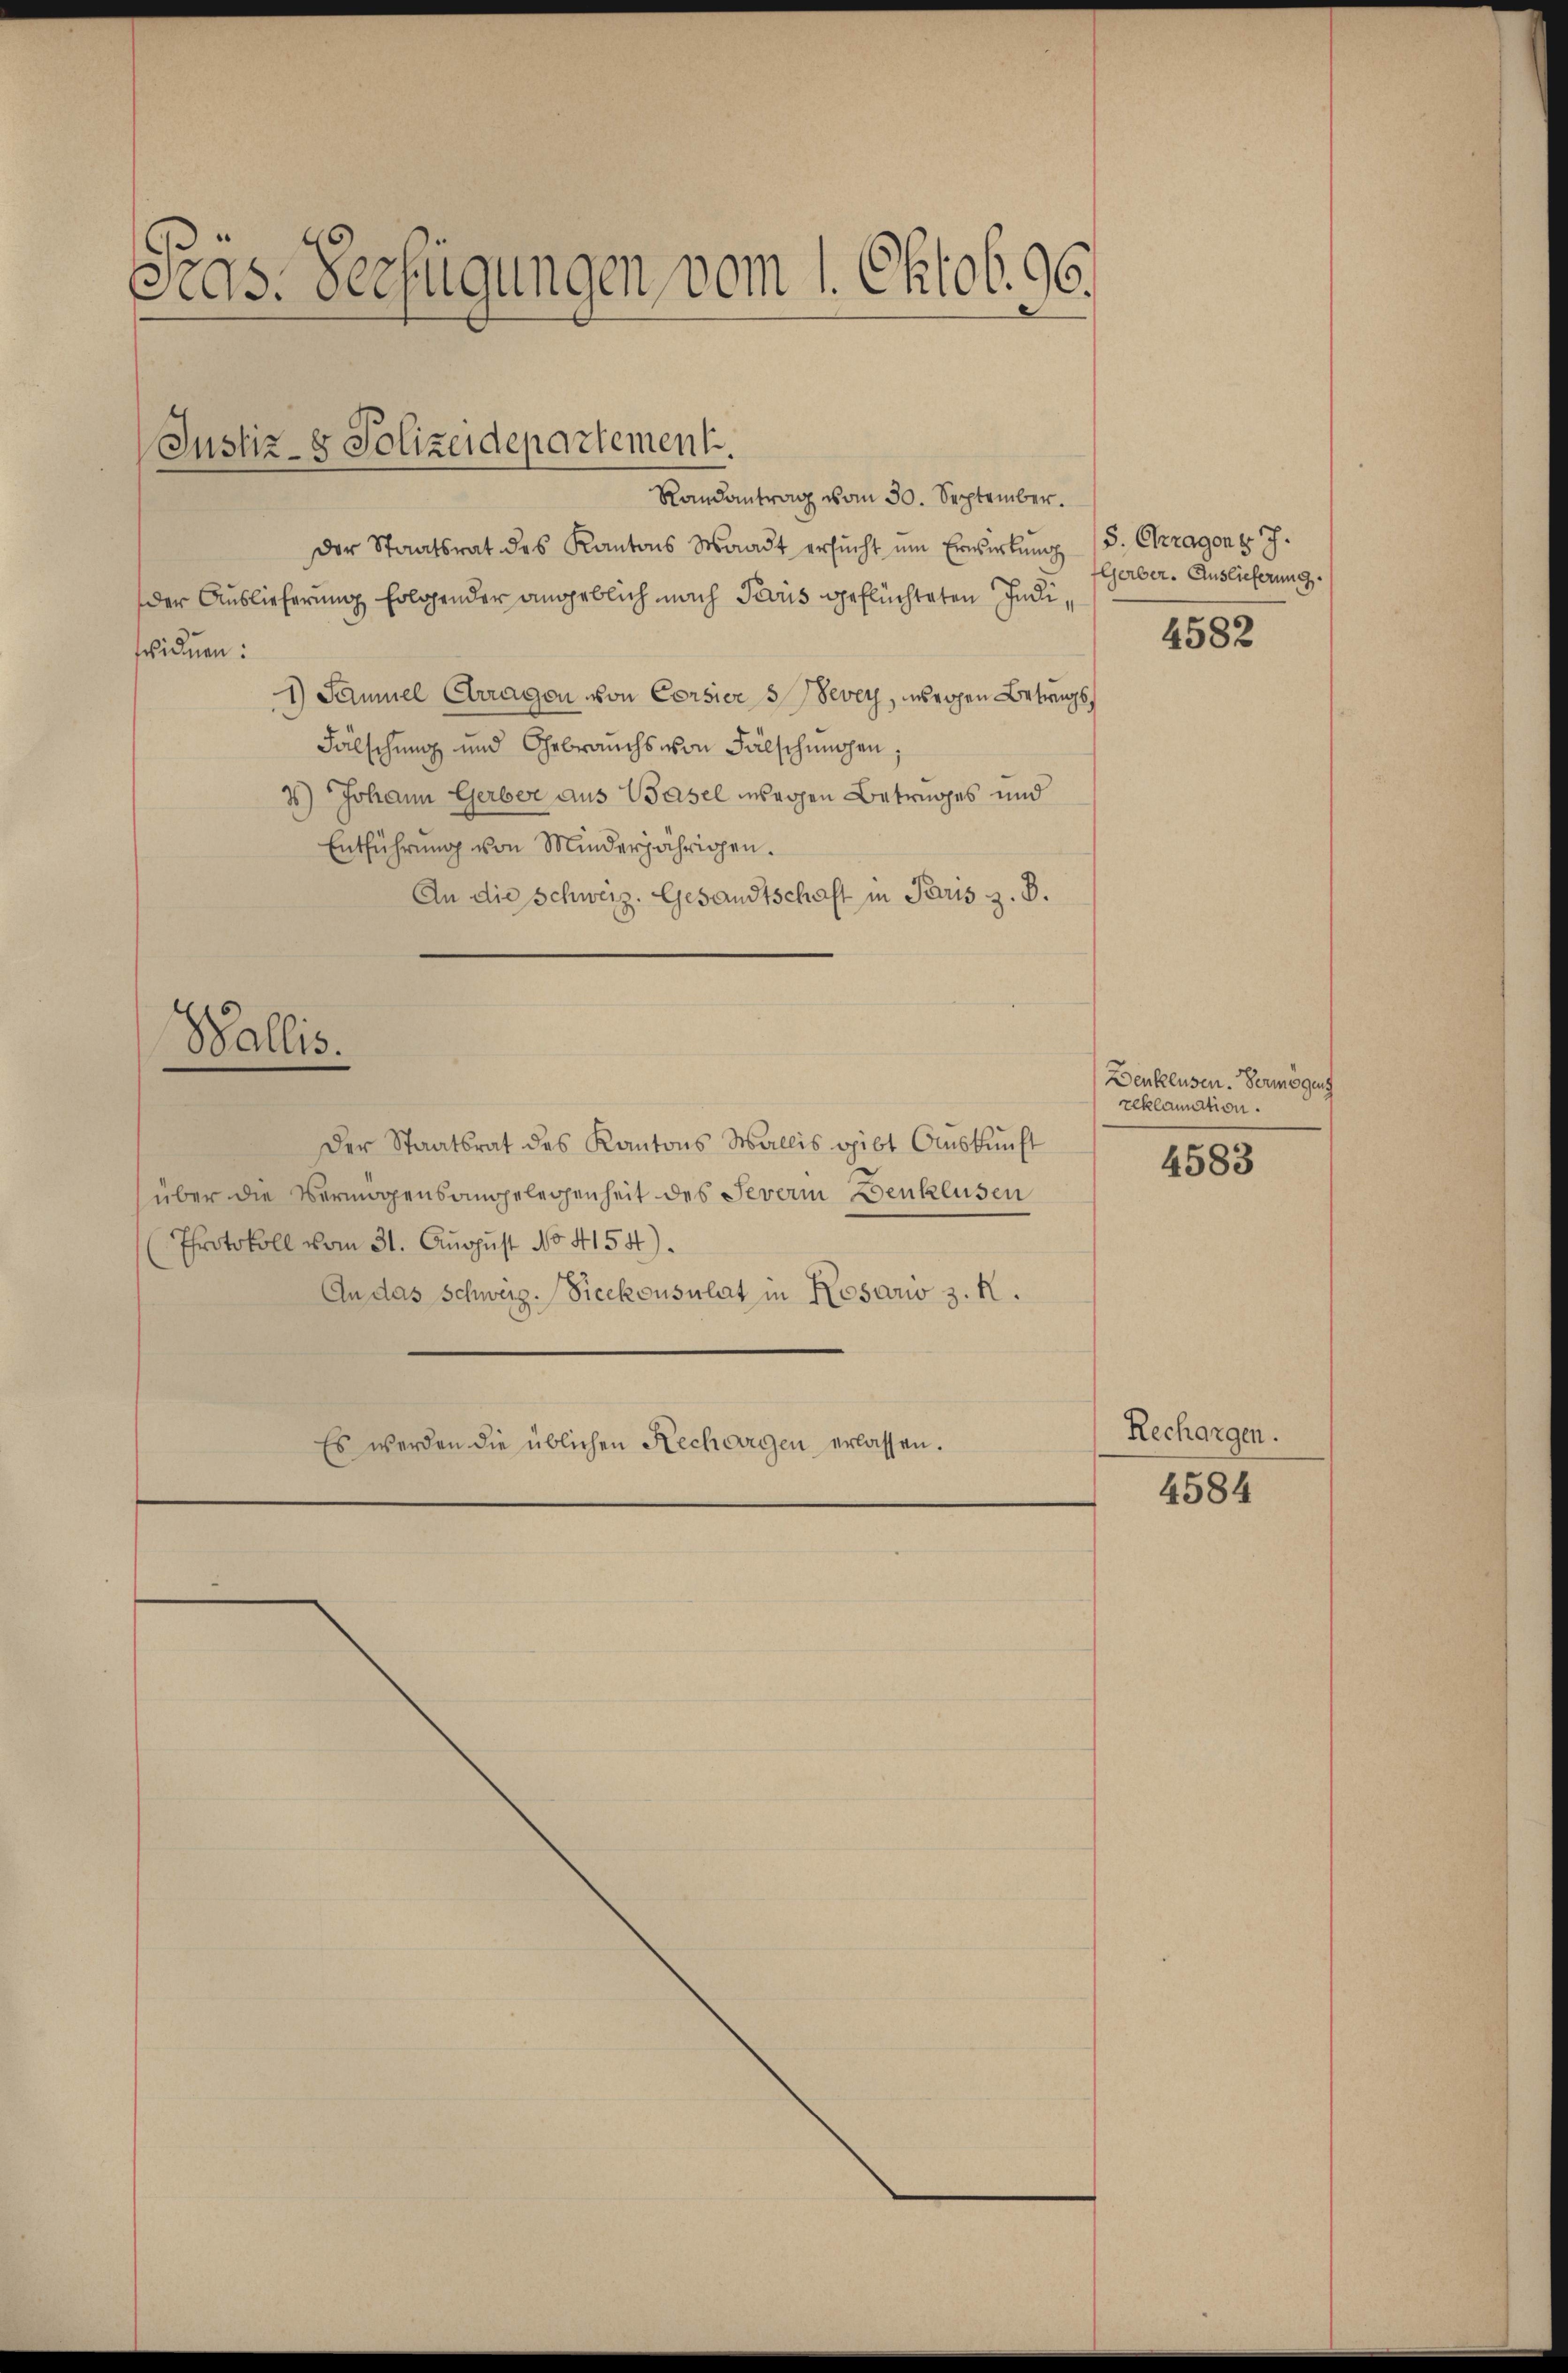
Pras. Verfügungen vom 1. Oktob. 96.
Justiz- & Polizeidepartement.
Randantrag vom 30. September.

der Staatsrat des Kantons Waadt ersŭcht ŭm Erwirkung (S. Chragen v. J.
der Auslieferung Erlösender angeblich nach Paris geflüchteten Indifviduen:
1) Samuel Arragen von Corsier 3 Vevey, wegen Betrags,
Fälschung und Gebrauchs von Fälschehen;
3) Johann Gerber aus Wasel wegen Betruges und
Entführŭng von Minderjährigen.
An die Schweiz. Gesandtschaft in Paris z. B.
Wallis.
Der Staatsrat des Kantons Wallis gibt Auskunft
über die Vermögensangelegenheit des Severin Benklusen
Protokoll vom 31. August No. 4154).
An das Schweiz. Sicekonsulat in Rosario z. R.
Es werden die üblichen Rechargen erlassen.

Gerber. Auslieferung.

Denklusen. Vermögens
reklamation.

4582

4583

Rechargen.

4584